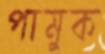
পামুক